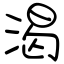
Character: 渴